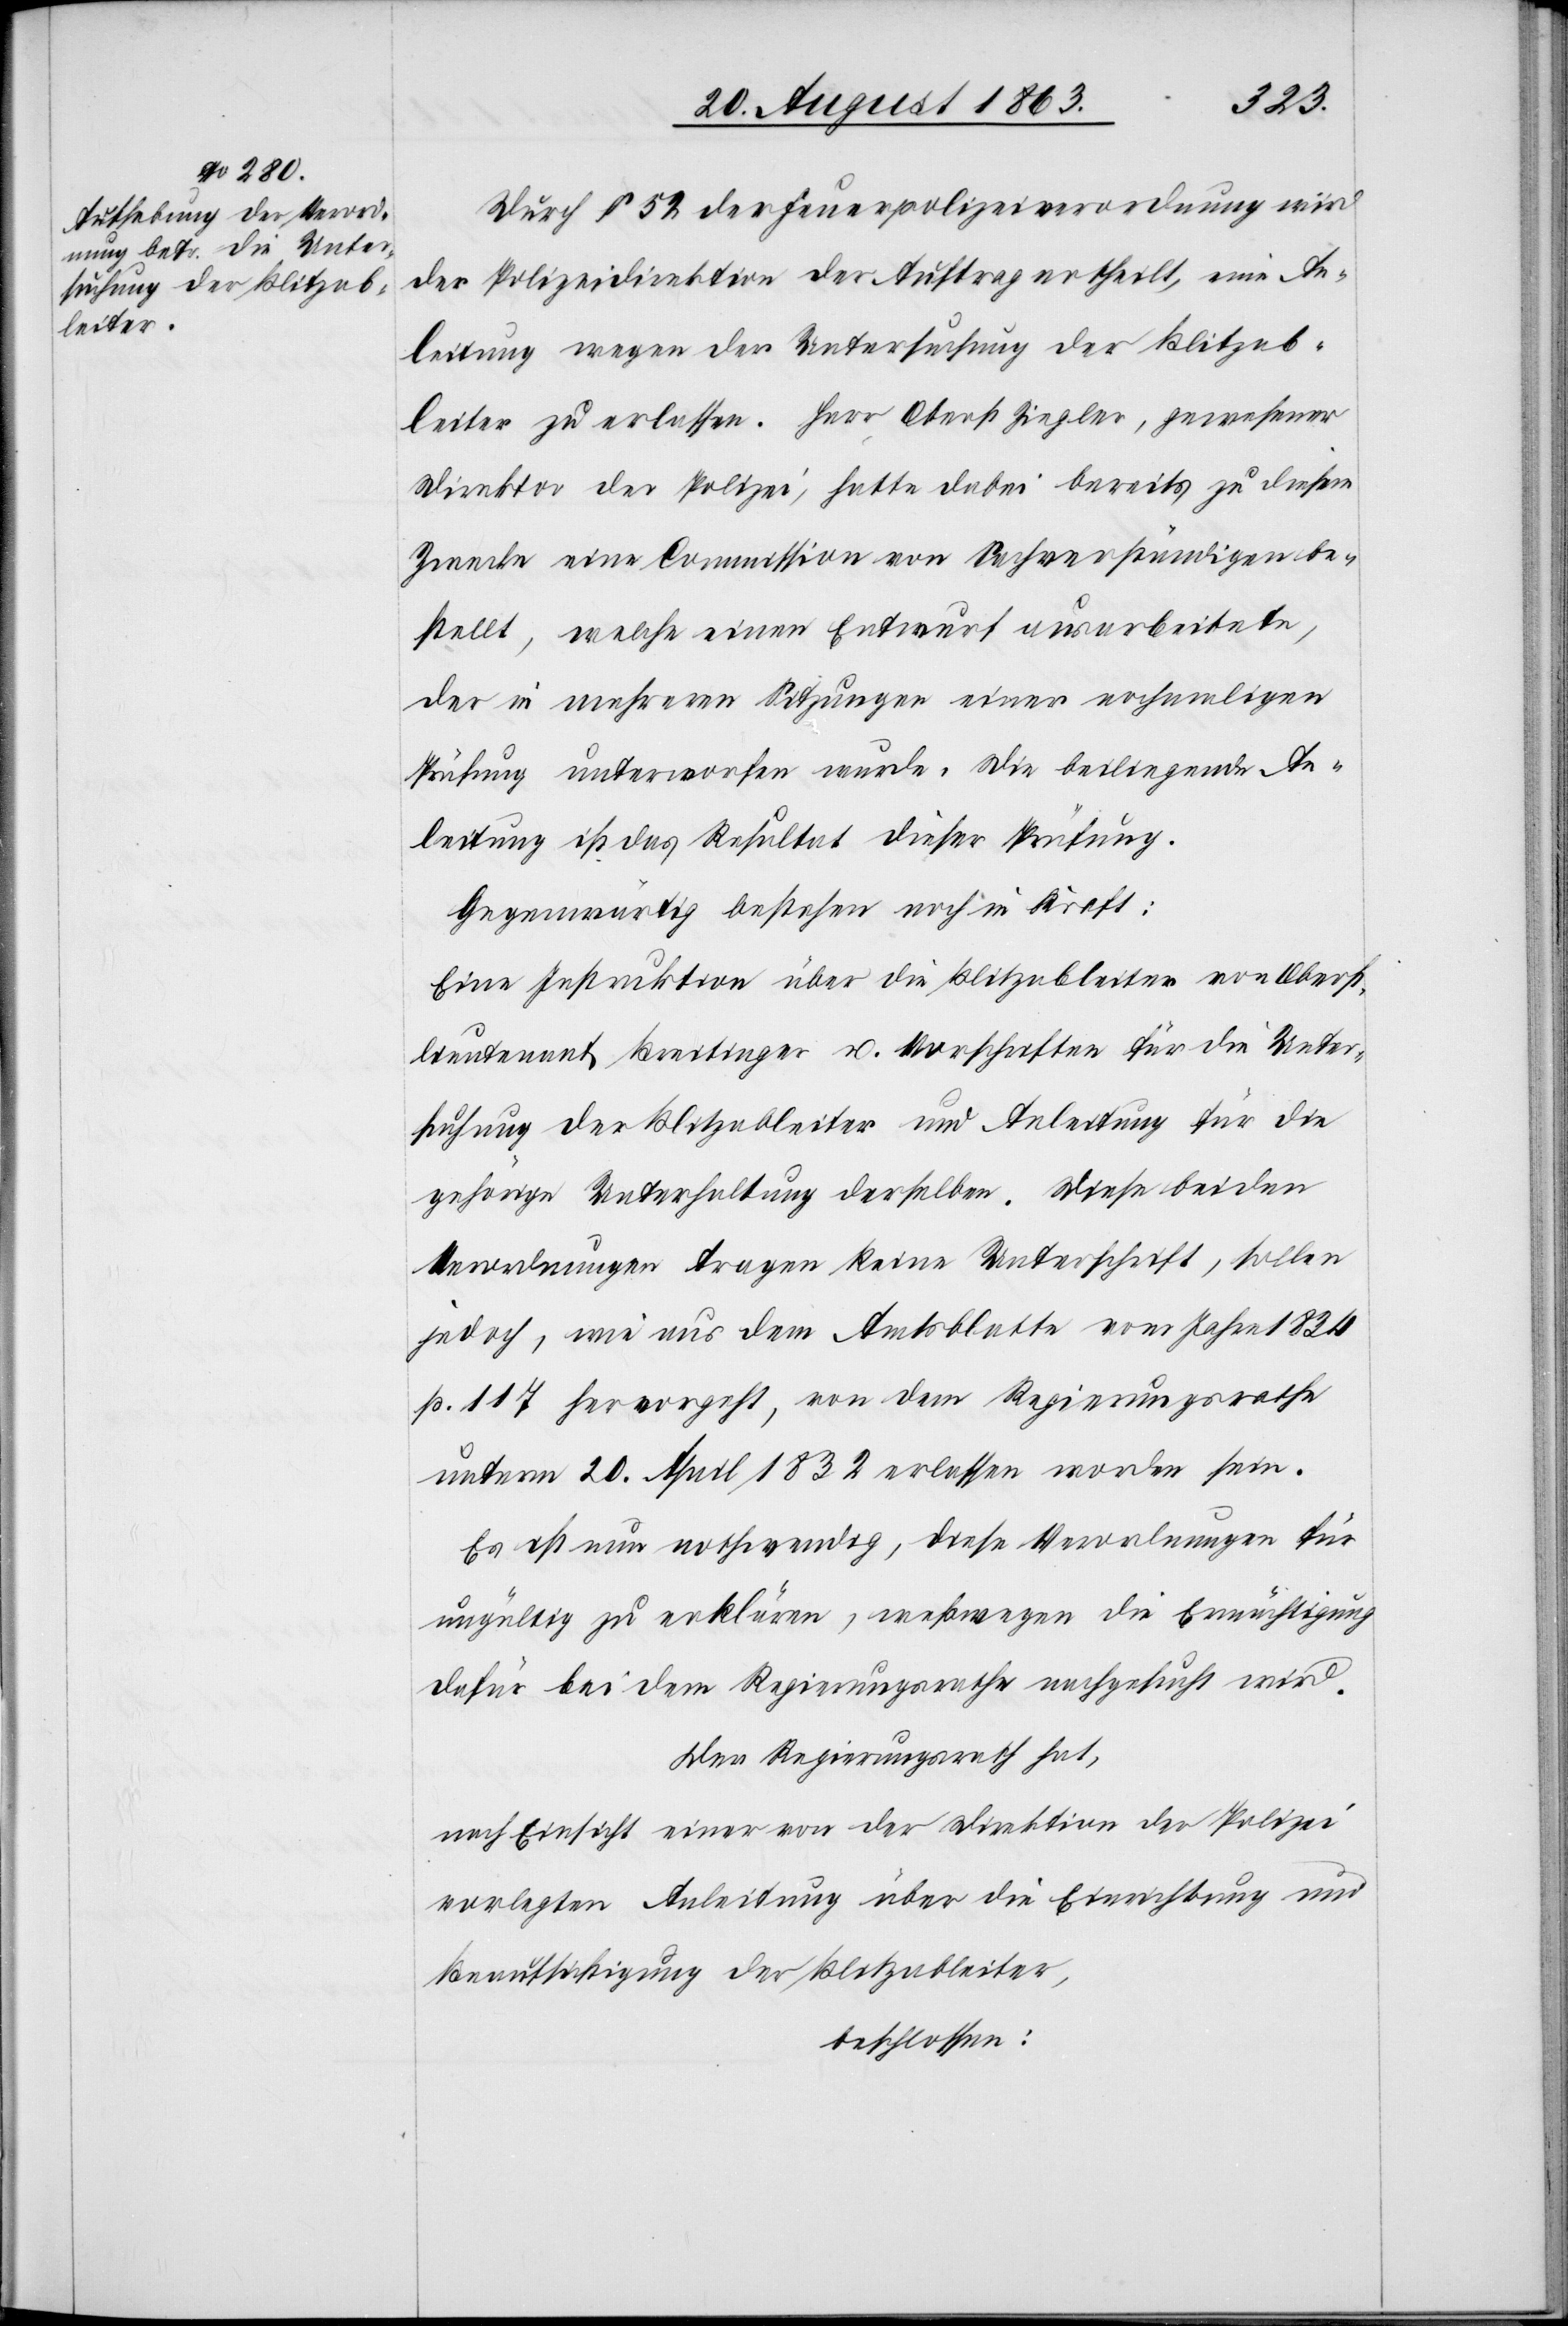
Durch § 52 der Feuerpolizeiverordnung wird
der Polizeidirektion der Auftrag ertheilt, eine An¬
leitung wegen der Untersuchung der Blitzab¬
leiter zu erlassen. Herr Oberst Ziegler, gewesener
Direktor der Polizei, hatte dabei bereits zu diesem
Zwecke eine Commission von Sachverständigen be¬
stellt, welche einen Entwurf ausarbeitete,
der in mehreren Sitzungen einer nochmaligen
Prüfung unterworfen wurde. Die beiliegende An¬
leitung ist das Resultat dieser Prüfung.
Gegenwärtig bestehen noch in Kraft:
Eine Instruktion über die Blitzableiter von Oberst¬
lieutenant Breitinger u. Vorschriften für die Unter¬
suchung der Blitzableiter und Anleitung für die
gehörige Unterhaltung derselben. Diese beiden
Verordnungen tragen keine Unterschrift, sollen
jedoch, wie aus dem Amtsblatte vom Jahre 1834
p. 117 hervorgeht, von dem Regierungsrathe
unterm 20. April 1832 erlassen worden sein.
Es ist nun nothwendig, diese Verordnungen für
ungültig zu erklären, weßwegen die Ermächtigung
dafür bei dem Regierungsrathe nachgesucht wird.
Der Regierungsrath hat,
nach Einsicht einer von der Direktion der Polizei
vorgelegten Anleitung über die Einrichtung und
Beaufsichtigung der Blitzableiter,
beschlossen: